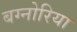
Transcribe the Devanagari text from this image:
बग्नोरिया